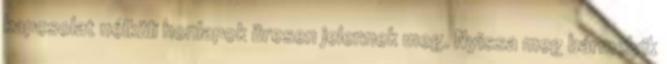
kapcsolat nélküli honlapok üresen jelennek meg. Nyissa meg bármelyik